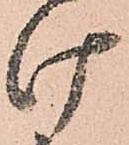
け